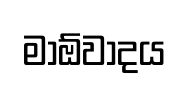
මාඕවාදය